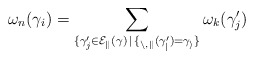
\begin{align*}\omega_n(\gamma_i) = \sum_{\{\gamma'_j \in \cal E_k(\gamma) \,\mid\, f_{n,k}(\gamma'_j) = \gamma_i\}} \omega_k(\gamma'_j)\end{align*}